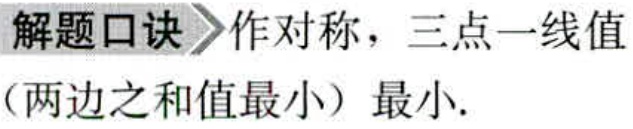
解题口诀 作对称，三点一线值（两边之和值最小）最小.